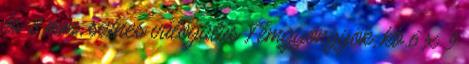
és 8 mm, színes válogatás Fémgyöngyök, kb.6 x 9